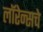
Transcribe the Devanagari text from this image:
लॉरेन्सचे